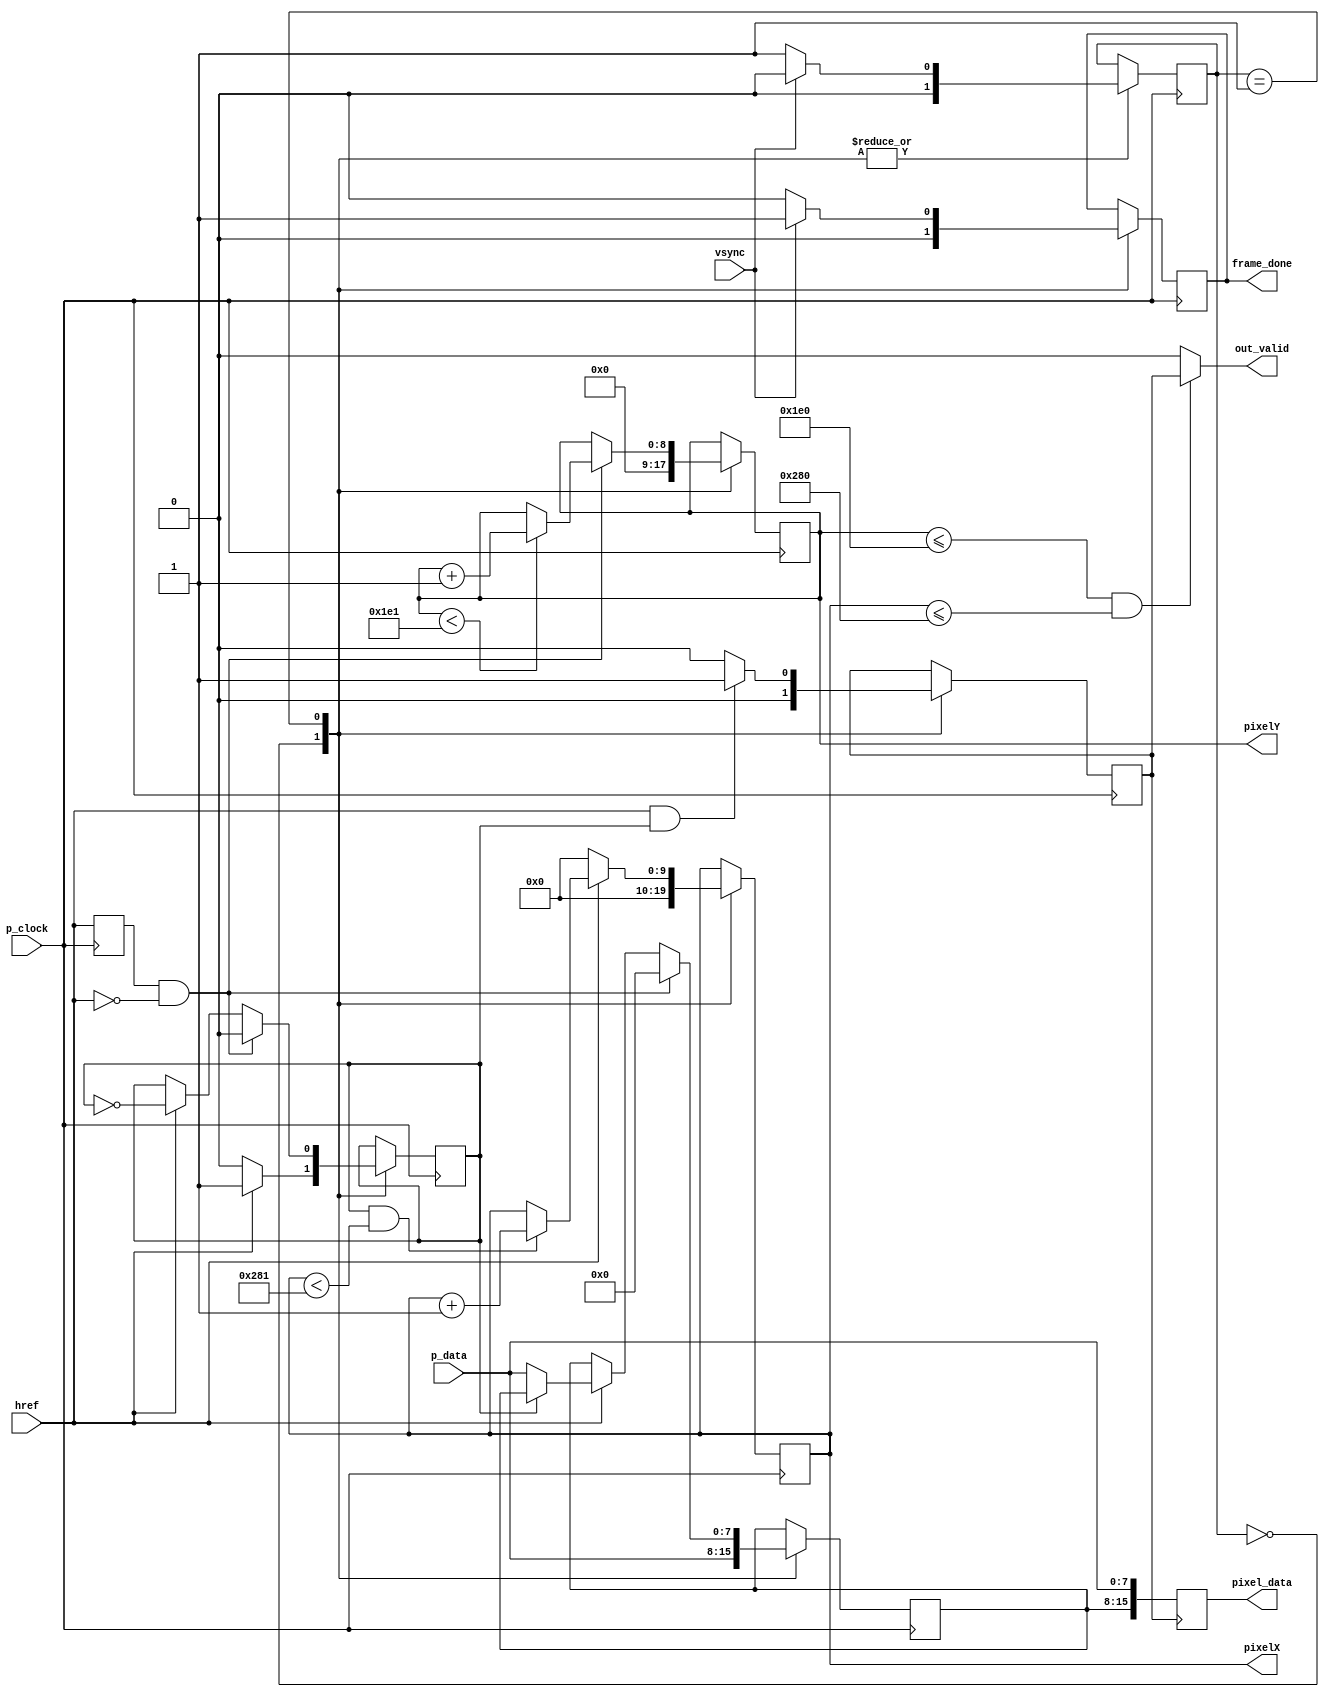
module camera_read(
	input wire p_clock,
	input wire vsync,
	input wire href,
	input wire [7:0] p_data,
	output reg [15:0] pixel_data = 16'hFEC8,   // random start val bc why not.
	output     [9:0]  pixelX,
	output     [8:0]  pixelY,
	output            out_valid,
	output reg frame_done = 0
    );
	 
	
	reg [1:0] FSM_state = 0;
    reg pixel_half = 0;
    reg prevHref = 0;
	reg pixel_valid = 0;
	
	localparam WAIT_FRAME_START = 0;
	localparam ROW_CAPTURE = 1;
	reg [9:0] hIdx = 10'h000;
	reg [8:0] vIdx = 9'h000;
	
	assign pixelX = hIdx;
	assign pixelY = vIdx;
    reg [7:0] firstHalfPixel = 8'h00;
	always@(posedge p_clock) begin 
        prevHref <= href;
        case(FSM_state)
            WAIT_FRAME_START: begin //wait for VSYNC
                FSM_state <= (!vsync) ? ROW_CAPTURE : WAIT_FRAME_START;
                frame_done <= 0;
                pixel_half <= (href) ? 1 : 0;
                firstHalfPixel <= p_data;
                pixel_valid <= 0;
                hIdx <= 0;
                vIdx <= 0;
            end

            ROW_CAPTURE: begin 
                FSM_state <= vsync ? WAIT_FRAME_START : ROW_CAPTURE;
                frame_done <= vsync ? 1 : 0;
                pixel_valid <= (href && pixel_half) ? 1 : 0;
                // if href goes low, then we need to reset our horizontal position.
                hIdx <= (href) ? ((pixel_half && (hIdx < 10'd641)) ? hIdx + 1 : hIdx) : 10'h000;
                // if href transitions from high to low, then we need to move to the next row
                if (prevHref == 1 && href == 0) begin
                    vIdx <= (vIdx < 9'd481) ? vIdx + 1 : vIdx;
                    pixel_half <= 0;
                    firstHalfPixel <= 0;
                end else if (href) begin
                    if (pixel_half == 0)
                        firstHalfPixel <= p_data;
                    pixel_half <= ~pixel_half;
                end
            end
        endcase
    end

    always@(posedge pixel_valid) begin
        pixel_data <= {firstHalfPixel, p_data};
    end

    assign out_valid = (vIdx <= 480 && hIdx <= 640) ? pixel_valid           : 1'b0;
endmodule